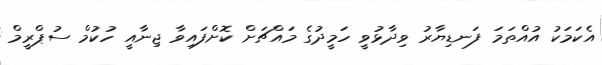
އެކަމަކު އުއްތަމަ ފަނޑިޔާރު ވިދާޅުވީ ހަމީދުގެ މައްޗަށް ކޮށްފައިވާ ޖިނާއީ ހުކުމް ސުޕްރީމް